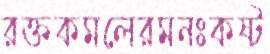
রক্তকমলেরমনঃকষ্ট